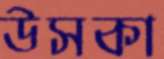
উসকা